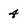
Character: 4